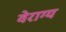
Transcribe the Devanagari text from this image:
वेराग्य